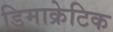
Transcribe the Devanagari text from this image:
डिमाक्रेटिक